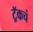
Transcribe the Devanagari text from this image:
ट्रॅकचं